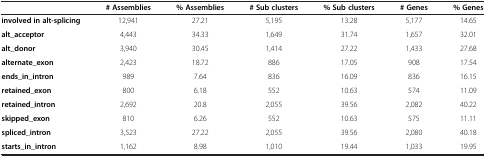
<table><thead><tr><td><b> </b></td><td><b># Assemblies</b></td><td><b>% Assemblies</b></td><td><b># Sub clusters</b></td><td><b>% Sub clusters</b></td><td><b># Genes</b></td><td><b>% Genes</b></td></tr></thead><tbody><tr><td><b>involved in alt-splicing</b></td><td>12,941</td><td>27.21</td><td>5,195</td><td>13.28</td><td>5,177</td><td>14.65</td></tr><tr><td><b>alt_acceptor</b></td><td>4,443</td><td>34.33</td><td>1,649</td><td>31.74</td><td>1,657</td><td>32.01</td></tr><tr><td><b>alt_donor</b></td><td>3,940</td><td>30.45</td><td>1,414</td><td>27.22</td><td>1,433</td><td>27.68</td></tr><tr><td><b>alternate_exon</b></td><td>2,423</td><td>18.72</td><td>886</td><td>17.05</td><td>908</td><td>17.54</td></tr><tr><td><b>ends_in_intron</b></td><td>989</td><td>7.64</td><td>836</td><td>16.09</td><td>836</td><td>16.15</td></tr><tr><td><b>retained_exon</b></td><td>800</td><td>6.18</td><td>552</td><td>10.63</td><td>574</td><td>11.09</td></tr><tr><td><b>retained_intron</b></td><td>2,692</td><td>20.8</td><td>2,055</td><td>39.56</td><td>2,082</td><td>40.22</td></tr><tr><td><b>skipped_exon</b></td><td>810</td><td>6.26</td><td>552</td><td>10.63</td><td>575</td><td>11.11</td></tr><tr><td><b>spliced_intron</b></td><td>3,523</td><td>27.22</td><td>2,055</td><td>39.56</td><td>2,080</td><td>40.18</td></tr><tr><td><b>starts_in_intron</b></td><td>1,162</td><td>8.98</td><td>1,010</td><td>19.44</td><td>1,033</td><td>19.95</td></tr></tbody></table>